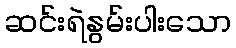
ဆင်းရဲနွမ်းပါးသော